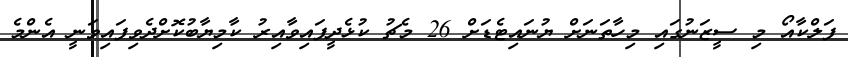
ފަލްކާއޯ މި ސީޒަނުގައި މިހާތަނަށް ޔުނައިޓެޑަށް 26 މެޗު ކުޅެދީފައިވާއިރު ކާމިޔާބުކޮށްދެވިފައިވަނީ އެންމެ